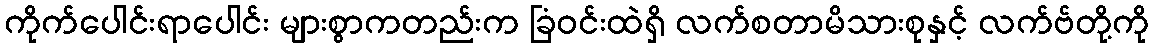
ကိုက်ပေါင်းရာပေါင်း များစွာကတည်းက ခြံဝင်းထဲရှိ လက်စတာမိသားစုနှင့် လက်ဗ်တို့ကို